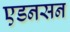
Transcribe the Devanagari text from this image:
एडनसन